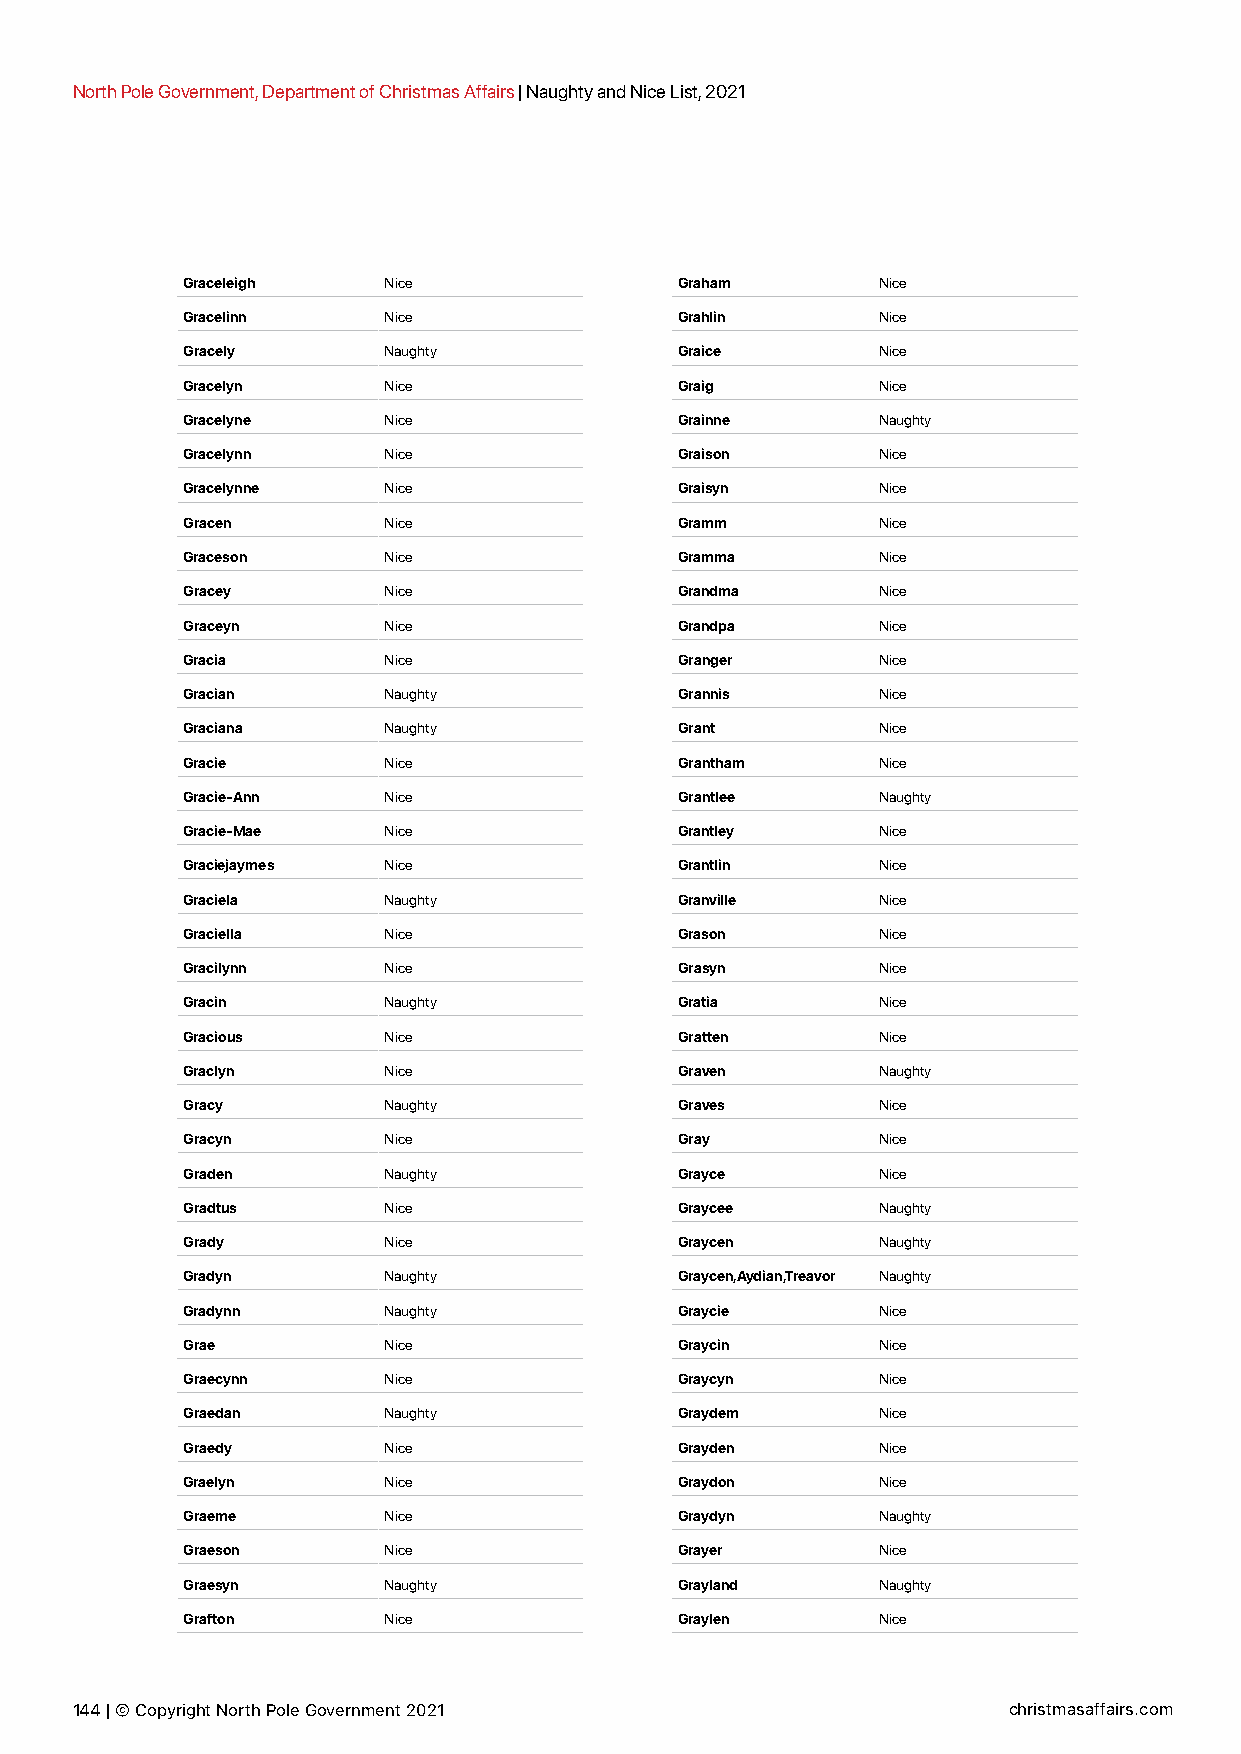
North Pole Government, Department of Christmas Affairs | Naughty and Nice List, 2021
 Graceleigh   Nice                Graham       Nice
 Gracelinn    Nice                Grahlin      Nice
 Gracely      Naughty             Graice       Nice
 Gracelyn     Nice                Graig        Nice
 Gracelyne    Nice                Grainne      Naughty
 Gracelynn    Nice                Graison      Nice
 Gracelynne   Nice                Graisyn      Nice
 Gracen       Nice                Gramm        Nice
 Graceson     Nice                Gramma       Nice
 Gracey       Nice                Grandma      Nice
 Graceyn      Nice                Grandpa      Nice
 Gracia       Nice                Granger      Nice
 Gracian      Naughty             Grannis      Nice
 Graciana     Naughty             Grant        Nice
 Gracie       Nice                Grantham     Nice
 Gracie-Ann   Nice                Grantlee     Naughty
 Gracie-Mae   Nice                Grantley     Nice
 Graciejaymes Nice                Grantlin     Nice
 Graciela     Naughty             Granville    Nice
 Graciella    Nice                Grason       Nice
 Gracilynn    Nice                Grasyn       Nice
 Gracin       Naughty             Gratia       Nice
 Gracious     Nice                Gratten      Nice
 Graclyn      Nice                Graven       Naughty
 Gracy        Naughty             Graves       Nice
 Gracyn       Nice                Gray         Nice
 Graden       Naughty             Grayce       Nice
 Gradtus      Nice                Graycee      Naughty
 Grady        Nice                Graycen      Naughty
 Gradyn       Naughty             Graycen,Aydian,Treavor Naughty
 Gradynn      Naughty             Graycie      Nice
 Grae         Nice                Graycin      Nice
 Graecynn     Nice                Graycyn      Nice
 Graedan      Naughty             Graydem      Nice
 Graedy       Nice                Grayden      Nice
 Graelyn      Nice                Graydon      Nice
 Graeme       Nice                Graydyn      Naughty
 Graeson      Nice                Grayer       Nice
 Graesyn      Naughty             Grayland     Naughty
 Grafton      Nice                Graylen      Nice
 144 | © Copyright North Pole Government 2021                  christmasaffairs.com